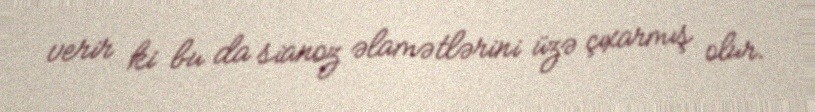
verir ki bu da sianoz əlamətlərini üzə çıxarmış olur.